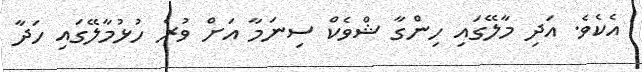
އެކެވެ. އަދި މާލޭގައި ހިންގާ ޝްވެކް ސިނަމާ އަށް ވުރެ ހުޅުމާލޭގައި ހަދާ